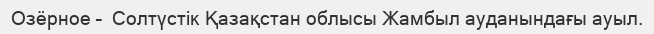
Озёрное –  Солтүстік Қазақстан облысы Жамбыл ауданындағы ауыл.